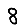
Digit: 8